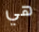
هي